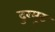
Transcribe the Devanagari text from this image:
दुरमुट